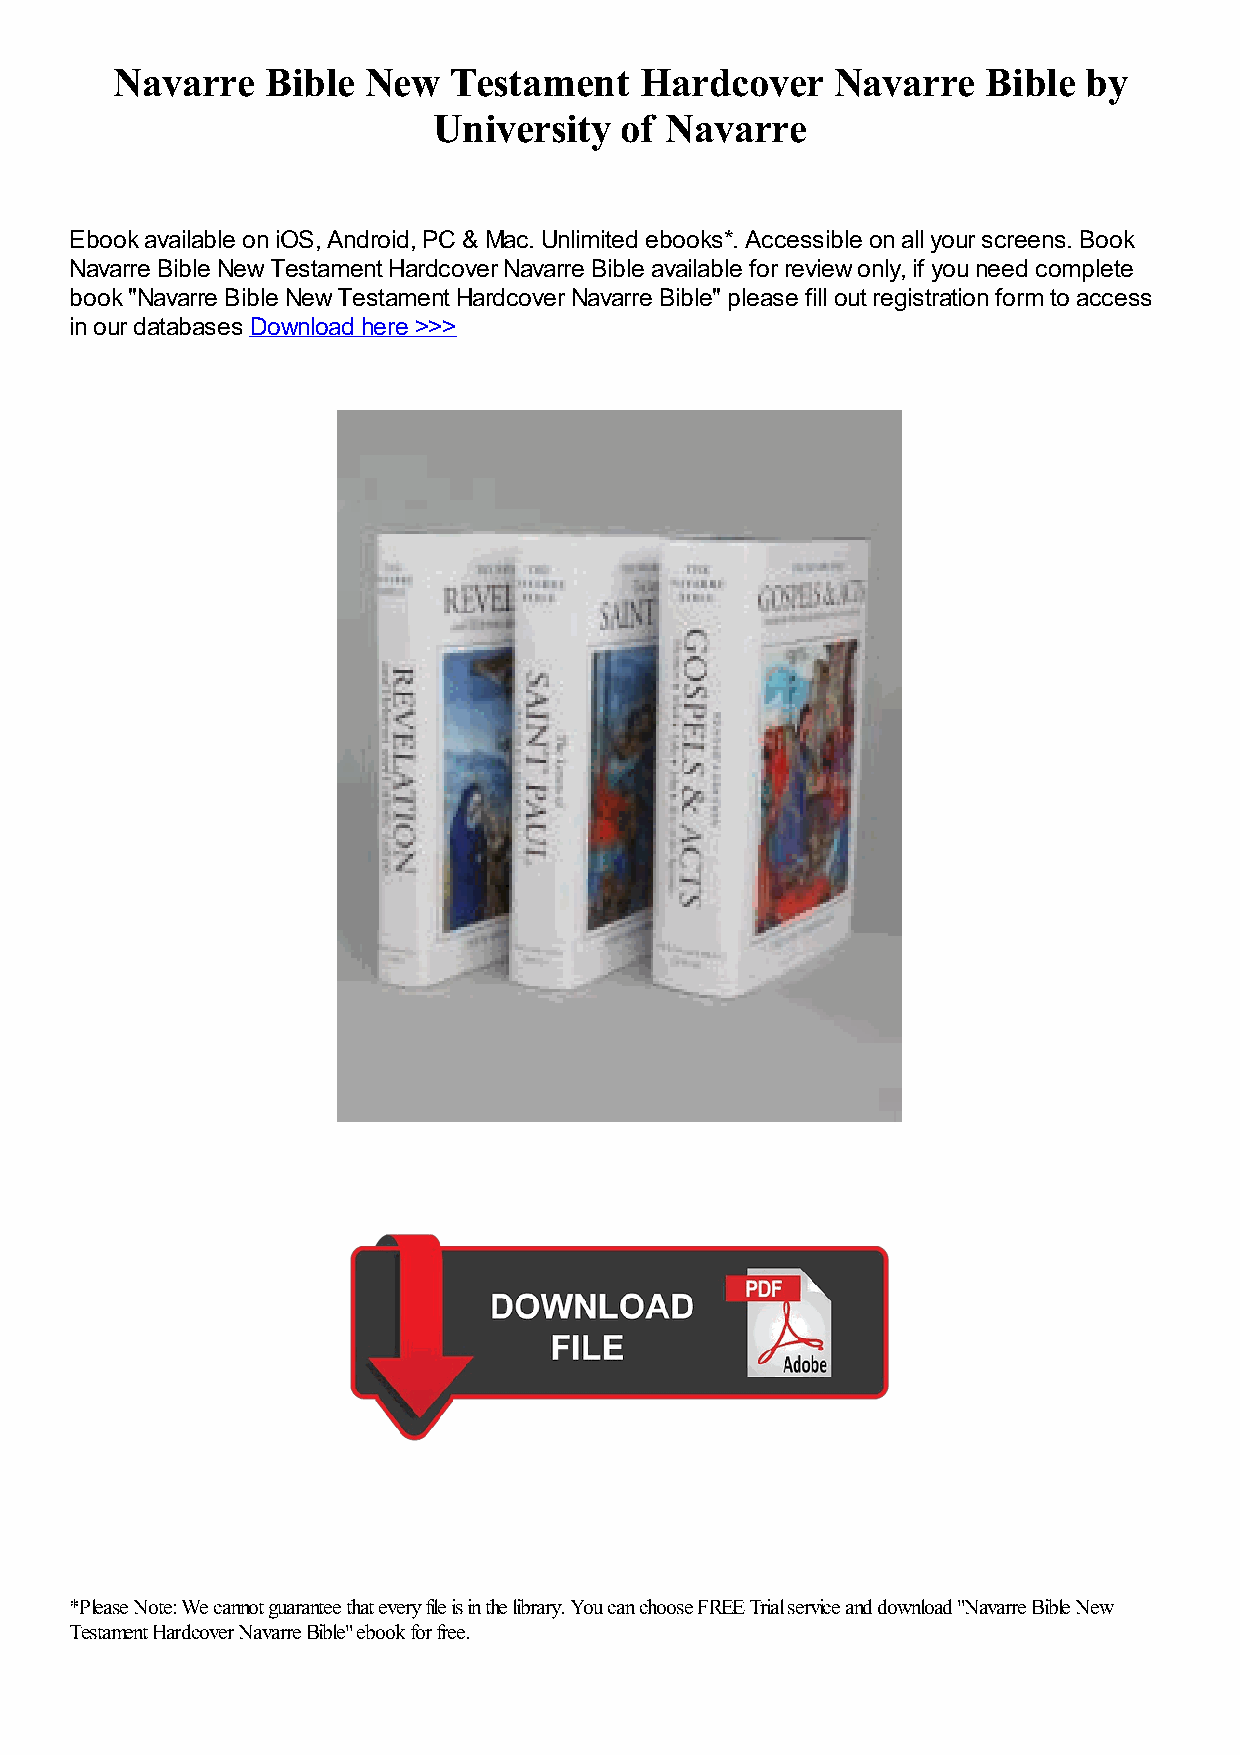
Navarre    Bible New   Testament   Hardcover    Navarre   Bible  by
 University  of Navarre
 Ebook available on iOS, Android, PC & Mac. Unlimited ebooks*. Accessible on all your screens. Book
 Navarre Bible New Testament Hardcover Navarre Bible available for review only, if you need complete
 book "Navarre Bible New Testament Hardcover Navarre Bible" please fill out registration form to access
 in our databases Download here >>>
 *Please Note: We cannot guarantee that every file is in the library. You can choose FREE Trial service and download "Navarre Bible New
 Testament Hardcover Navarre Bible" ebook for free.